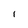
Character: I